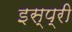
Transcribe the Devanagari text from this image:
इस्प्री